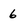
Character: 6